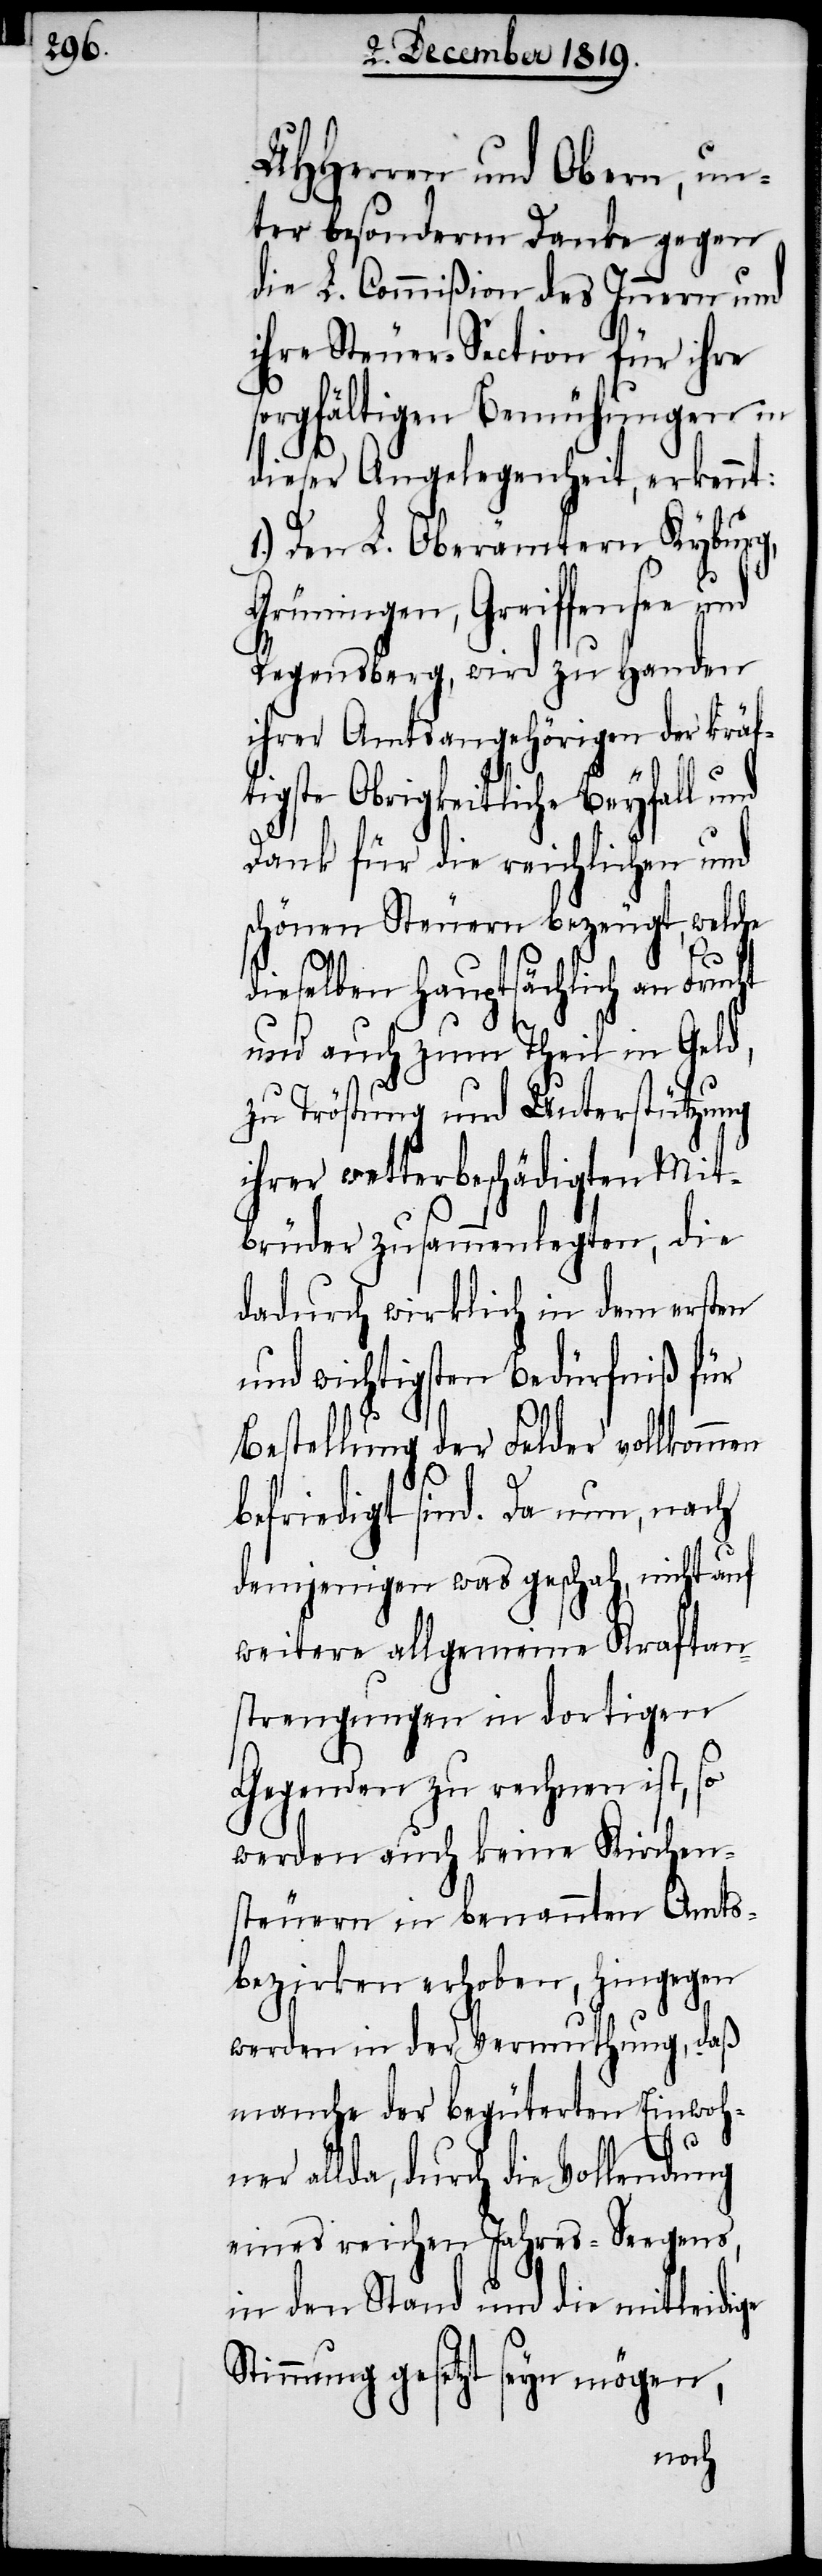
UHHerren und Obern, un¬
ter besonderm Danke gegen
die L. Commißion des Innern und
ihre Steuer-Section für ihre
sorgfältigen Bemühungen in
dieser Angelegenheit, erkennt:
Mit¬
1.) Den L. Oberämte¬
rn
Grüningen, Greif¬
Regensperg, wird zu Handen
ihrer Amtsangehörigen der kräf¬
tigste Obrigkeitliche Beyfall und
und
Dank für die reichli¬
schönen Steuern bezeugt, welche
dieselben Hauptsächlich an Fruc¬
und auch zum Theil in Geld,
zu Tröstung und Unterstützung
er wetterbeschädi¬
brüder zusammenlegten, die
dadurch wirklich in dem ersten
und wichtigsten Bedürfniß für
Bestellung der Felder vollkommen
ht
befriedigt sind. Da nun, nach
demjenigen was geschah, nicht auf
weitere allgemeine Kraftan¬
strengungen in dortigen
Gegenden zu rechnen ist,
werden auch keine Kirchen¬
steuern in benannten Amts¬
bezirken erhoben, hingegen
werden in der Vermuthung, daß
manche der begüterten Einwoh¬
ner allda, durch die Vollendung
eines reichen Jahres-Seegens,
in den Stand und die mittleidige
Stimmung gesetzt seyn mögen,